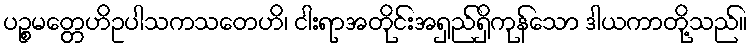
ပဉ္စမတ္တေဟိဥပါသကသတေဟိ၊ ငါးရာအတိုင်းအရှည်ရှိကုန်သော ဒါယကာတို့သည်။